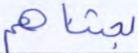
بعثناهم